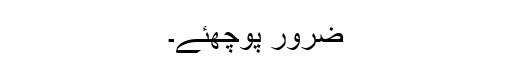
ضرور پوچھئے۔